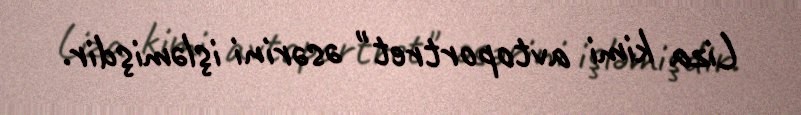
Liza kimi avtoportret" əsərini işləmişdir.